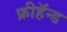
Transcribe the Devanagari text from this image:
फ्रीहॅन्ड